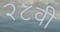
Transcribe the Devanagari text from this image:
२८वी